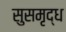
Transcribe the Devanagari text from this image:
सुसमृद्ध